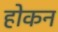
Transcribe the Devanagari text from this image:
होकन